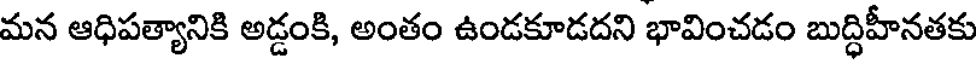
మన ఆధిపత్యానికి అడ్డంకి, అంతం ఉండకూడదని భావించడం బుద్ధిహీనతకు